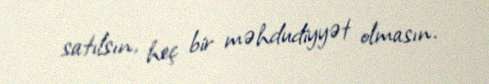
satılsın, heç bir məhdudiyyət olmasın.